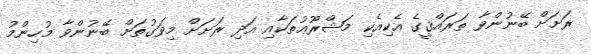
ރަށަށް ބޭނުންވާ ތަރައްޤީގެ އެކިއެކި މަޝްރޫޢުތަކާއި އަދި ރަށަށް މިވަގުތަށް ބޭނުންވާ މުހިންމު